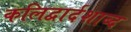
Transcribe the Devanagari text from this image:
कलिद्वार्दशाब्द